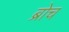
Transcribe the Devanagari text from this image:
ब्रोच